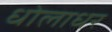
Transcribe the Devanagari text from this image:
धोलाधर